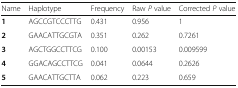
| Name | Haplotype | Frequency | Raw P value | Corrected P value |
 | --- | --- | --- | --- | --- |
 | 1 | AGCCGTCCCTTG | 0.431 | 0.956 | 1 |
 | 2 | GAACATTGCGTA | 0.351 | 0.262 | 0.7261 |
 | 3 | AGCTGGCCTTCG | 0.100 | 0.00153 | 0.009599 |
 | 4 | GGACAGCCTTCG | 0.041 | 0.0644 | 0.2626 |
 | 5 | GAACATTGCTTA | 0.062 | 0.223 | 0.659 |